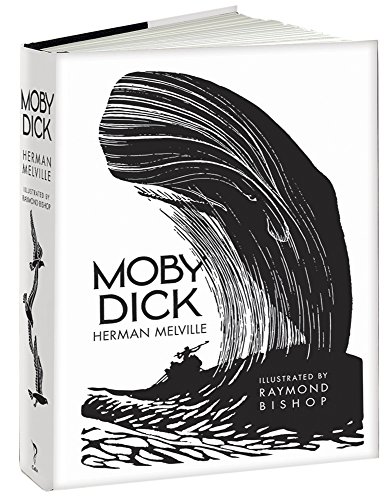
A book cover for Moby Dick; Herman Melville; Literature & Fiction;